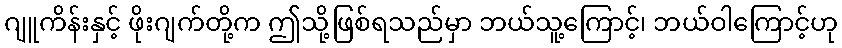
ဂျူကိန်းနှင့် ဖိုးဂျက်တို့က ဤသို့ဖြစ်ရသည်မှာ ဘယ်သူ့ကြောင့်၊ ဘယ်ဝါကြောင့်ဟု